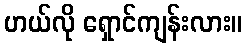
ဟယ်လို ရှောင်ကျန်းလား။